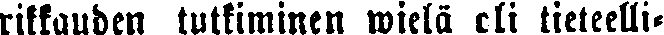
rikkauden tutkiminen wielä eli tieteelli-